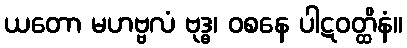
ယတော မဟဗ္ဗလံ ဗုဒ္ဓ၊ ဝစနေ ပါဋဝတ္ထိနံ။